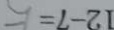
1 2 - 7 =